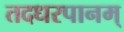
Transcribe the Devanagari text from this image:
तदधरपानम्